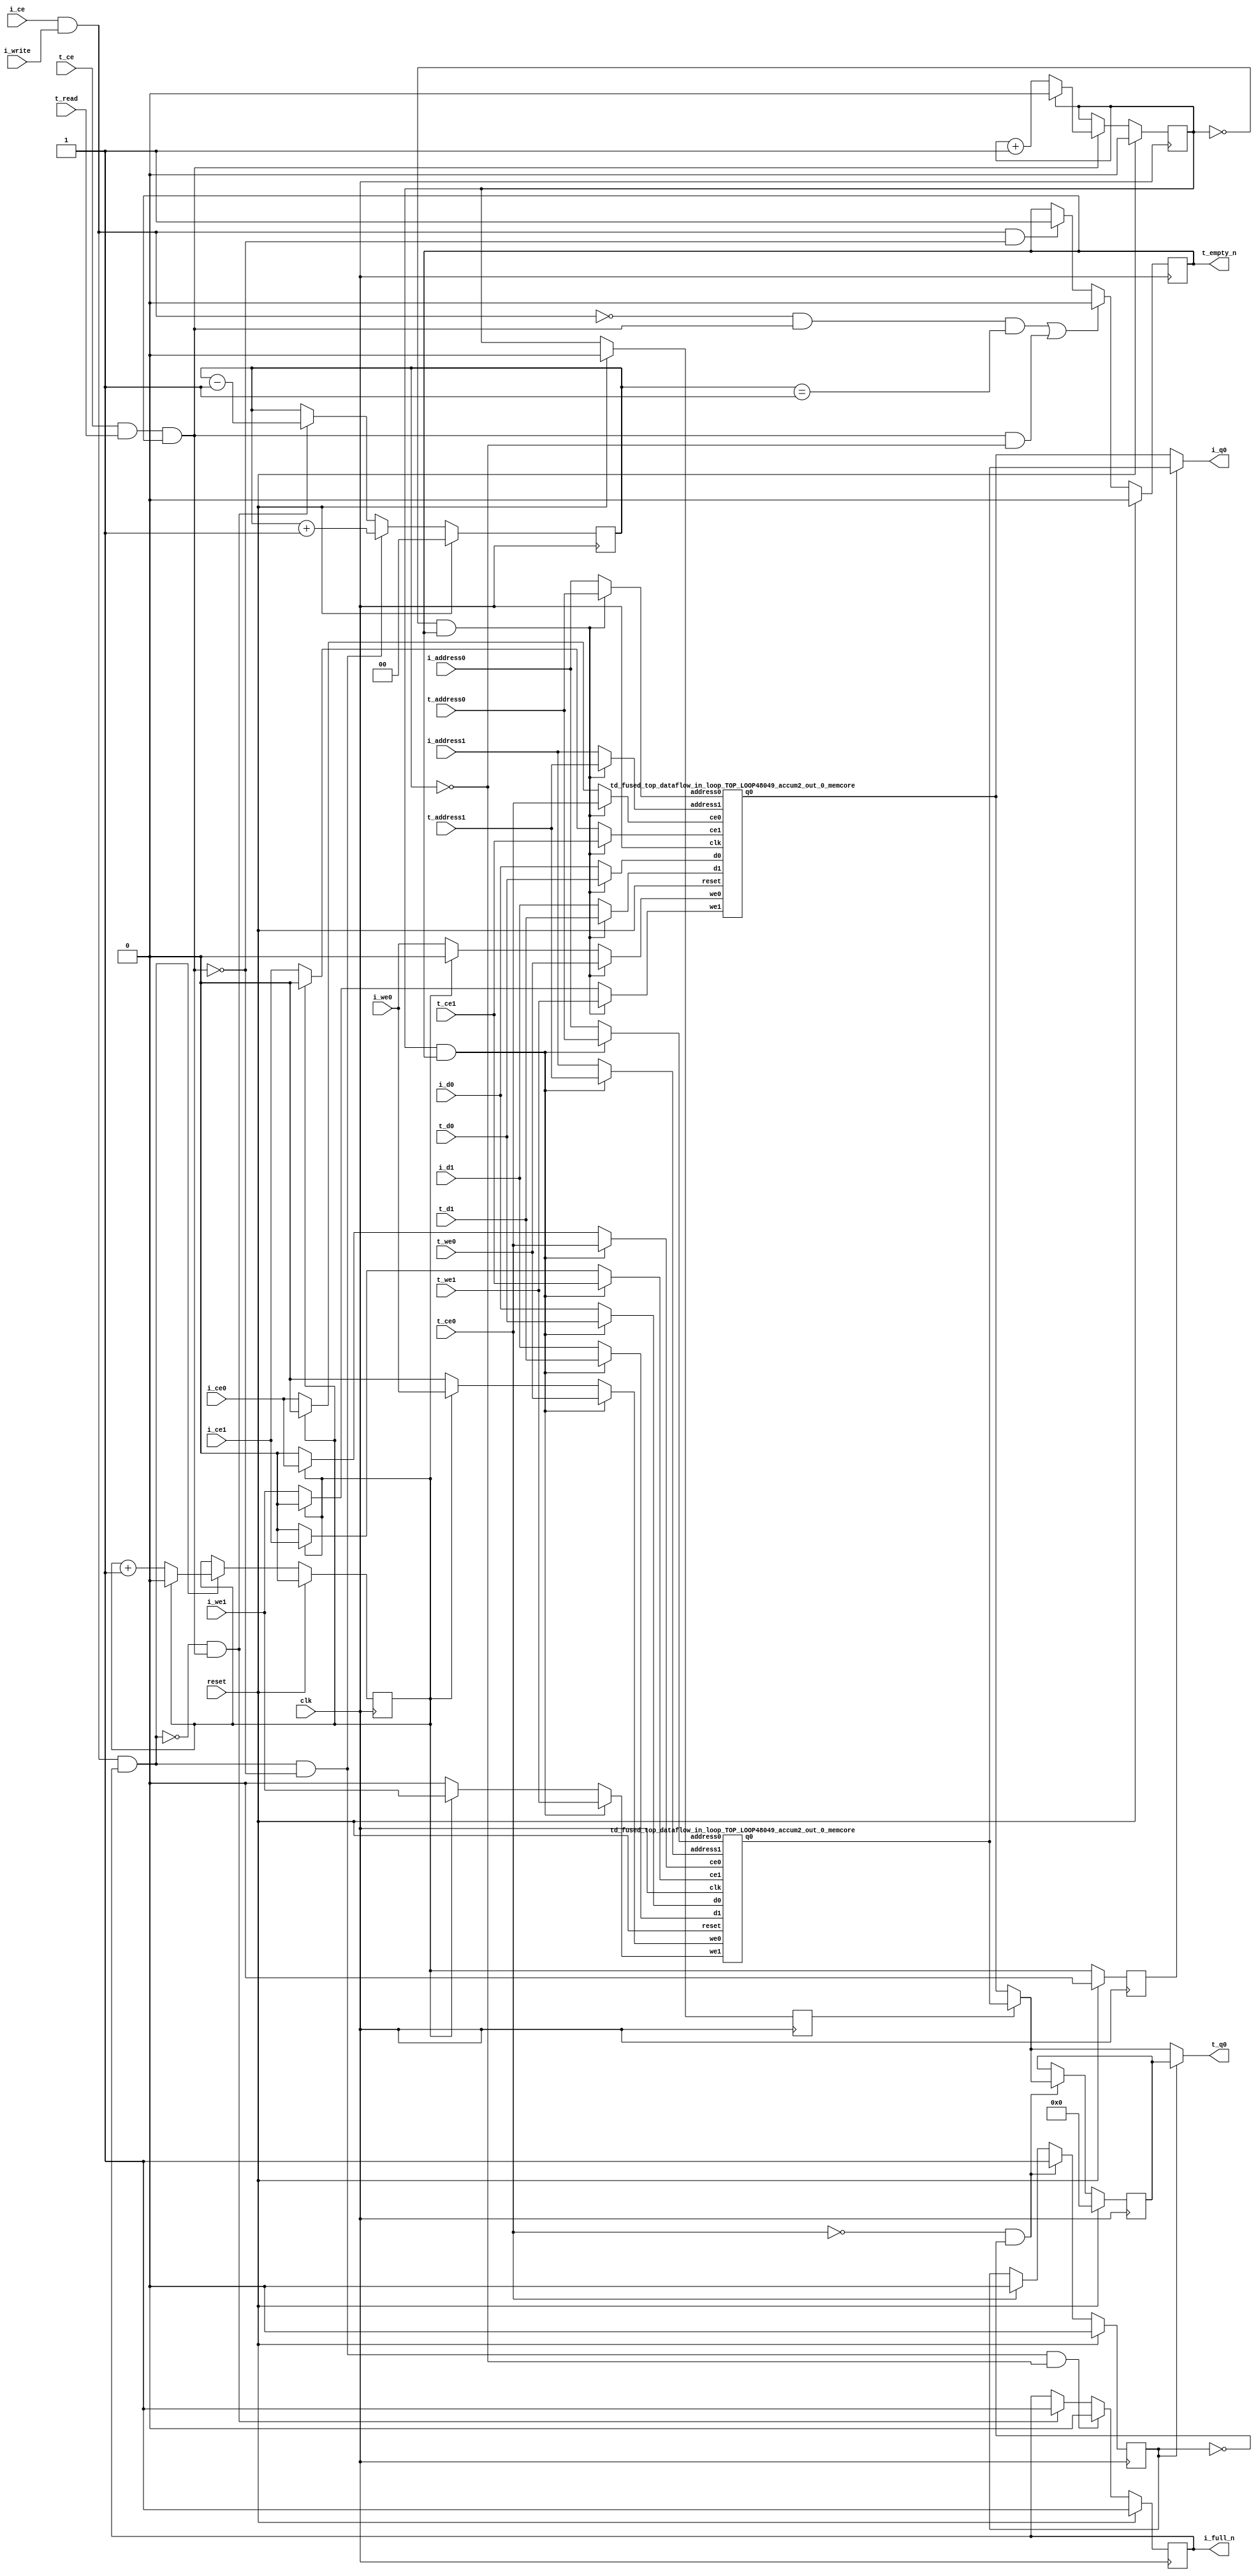
`define EXPONENT 5
`define MANTISSA 10
`define ACTUAL_MANTISSA 11
`define EXPONENT_LSB 10
`define EXPONENT_MSB 14
`define MANTISSA_LSB 0
`define MANTISSA_MSB 9
`define MANTISSA_MUL_SPLIT_LSB 3
`define MANTISSA_MUL_SPLIT_MSB 9
`define SIGN 1
`define SIGN_LOC 15
`define DWIDTH (`SIGN+`EXPONENT+`MANTISSA)
`define IEEE_COMPLIANCE 1

module td_fused_top_dataflow_in_loop_TOP_LOOP48049_accum2_out_0
#(parameter
    DataWidth    = 16,
    AddressRange = 32,
    AddressWidth = 3,
    BufferCount  = 2,
    MemLatency   = 1,
    IndexWidth   = 1
) (
    // system signals
    input  wire                    clk,
    input  wire                    reset,
    // initiator
    input  wire                    i_ce,
    input  wire                    i_write,
    output wire                    i_full_n,
    input  wire                    i_ce0,
    input  wire                    i_we0,
    input  wire [AddressWidth-1:0] i_address0,
    input  wire [DataWidth-1:0]    i_d0,
    output wire [DataWidth-1:0]    i_q0,
    input  wire                    i_ce1,
    input  wire                    i_we1,
    input  wire [AddressWidth-1:0] i_address1,
    input  wire [DataWidth-1:0]    i_d1,
    // target
    input  wire                    t_ce,
    input  wire                    t_read,
    output wire                    t_empty_n,
    input  wire                    t_ce0,
    input  wire                    t_we0,
    input  wire [AddressWidth-1:0] t_address0,
    input  wire [DataWidth-1:0]    t_d0,
    output wire [DataWidth-1:0]    t_q0,
    input  wire                    t_ce1,
    input  wire                    t_we1,
    input  wire [AddressWidth-1:0] t_address1,
    input  wire [DataWidth-1:0]    t_d1
);
//------------------------Local signal-------------------
// control/status
reg  [IndexWidth-1:0]   iptr    = 1'b0; // initiator index
reg  [IndexWidth-1:0]   tptr    = 1'b0; // target index
reg  [IndexWidth-1:0]   prev_iptr    = 1'b0; // previous initiator index
reg  [IndexWidth-1:0]   prev_tptr    = 1'b0; // previous target index
reg  [DataWidth-1:0]    reg_q0      = 1'b0; // buffer used if reader is stalled
reg                     reg_valid0    = 1'b0; // buffer has valid data
reg  [DataWidth-1:0]    reg_q1      = 1'b0; // buffer used if reader is stalled
reg                     reg_valid1    = 1'b0; // buffer has valid data
reg  [IndexWidth:0]     count   = 1'b0; // count of written buffers
reg                     full_n  = 1'b1; // whether all buffers are written
reg                     empty_n = 1'b0; // whether none of the buffers is written
wire                    push_buf;       // finish writing a buffer
wire                    write_buf;      // write a buffer
wire                    pop_buf;        // finish reading a buffer
// buffer signals
wire [BufferCount-1:0] buf_ce0;
wire [BufferCount-1:0] buf_we0;
wire [AddressWidth-1:0] buf_a0_0, buf_a0_1;
wire [DataWidth-1:0] buf_d0_0, buf_d0_1;
wire [DataWidth-1:0] buf_q0_0, buf_q0_1;
wire [BufferCount-1:0] buf_ce1;
wire [BufferCount-1:0] buf_we1;
wire [AddressWidth-1:0] buf_a1_0, buf_a1_1;
wire [DataWidth-1:0] buf_d1_0, buf_d1_1;
//------------------------Instantiation------------------
//genvar i;
        td_fused_top_dataflow_in_loop_TOP_LOOP48049_accum2_out_0_memcore td_fused_top_dataflow_in_loop_TOP_LOOP48049_accum2_out_0_memcore_U_0 (
            .reset    ( reset ),
            .clk      ( clk ),
            .address0 ( buf_a0_0 ),
            .ce0      ( buf_ce0[ 0 ] ),
            .we0      ( buf_we0[ 0 ] ),
            .d0       ( buf_d0_0 ),
            .q0       ( buf_q0_0 ),
            .address1 ( buf_a1_0 ),
            .ce1      ( buf_ce1[ 0 ] ),
            .we1      ( buf_we1[ 0 ] ),
            .d1       ( buf_d1_0 )
        );
        td_fused_top_dataflow_in_loop_TOP_LOOP48049_accum2_out_0_memcore td_fused_top_dataflow_in_loop_TOP_LOOP48049_accum2_out_0_memcore_U_1 (
            .reset    ( reset ),
            .clk      ( clk ),
            .address0 ( buf_a0_1 ),
            .ce0      ( buf_ce0[ 1 ] ),
            .we0      ( buf_we0[ 1 ] ),
            .d0       ( buf_d0_1 ),
            .q0       ( buf_q0_1 ),
            .address1 ( buf_a1_1 ),
            .ce1      ( buf_ce1[ 1 ] ),
            .we1      ( buf_we1[ 1 ] ),
            .d1       ( buf_d1_1 )
        );

//++++++++++++++++++++++++buffer signals+++++++++++++++++
        assign buf_ce0[ 0 ] = (tptr ==  0  && empty_n) ? t_ce0
                             : (iptr ==  0 ) ? i_ce0 : 1'b0;
        assign buf_a0_0  = (tptr ==  0  && empty_n) ?  t_address0 : i_address0;
        assign buf_we0[ 0 ] = (tptr ==  0  && empty_n)  ? t_we0
                             : (iptr ==  0 ) ? i_we0 : 1'b0;
        assign buf_d0_0  = (tptr ==  0  && empty_n) ? t_d0       : i_d0;
        assign buf_ce1[ 0 ] = (tptr ==  0  && empty_n) ? t_ce1
                             : (iptr ==  0 ) ? i_ce1 : 1'b0;
        assign buf_a1_0  = (tptr ==  0  && empty_n) ?  t_address1 : i_address1;
        assign buf_we1[ 0 ] = (tptr ==  0  && empty_n)  ? t_we1
                             : (iptr ==  0 ) ? i_we1 : 1'b0;
        assign buf_d1_0  = (tptr ==  0  && empty_n) ? t_d1       : i_d1;
        assign buf_ce0[ 1 ] = (tptr ==  1  && empty_n) ? t_ce0
                             : (iptr ==  1 ) ? i_ce0 : 1'b0;
        assign buf_a0_1  = (tptr ==  1  && empty_n) ?  t_address0 : i_address0;
        assign buf_we0[ 1 ] = (tptr ==  1  && empty_n)  ? t_we0
                             : (iptr ==  1 ) ? i_we0 : 1'b0;
        assign buf_d0_1  = (tptr ==  1  && empty_n) ? t_d0       : i_d0;
        assign buf_ce1[ 1 ] = (tptr ==  1  && empty_n) ? t_ce1
                             : (iptr ==  1 ) ? i_ce1 : 1'b0;
        assign buf_a1_1  = (tptr ==  1  && empty_n) ?  t_address1 : i_address1;
        assign buf_we1[ 1 ] = (tptr ==  1  && empty_n)  ? t_we1
                             : (iptr ==  1 ) ? i_we1 : 1'b0;
        assign buf_d1_1  = (tptr ==  1  && empty_n) ? t_d1       : i_d1;
//+++++++++++++++++++++++++++++++++++++++++++++++++++++++

//------------------------Body---------------------------
assign i_q0      = (prev_iptr == 1'b1 ? buf_q0_1 : buf_q0_0);
assign t_q0      = reg_valid0 ? reg_q0 : (prev_tptr == 1'b1 ? buf_q0_1 : buf_q0_0);

//++++++++++++++++++++++++output+++++++++++++++++++++++++
assign i_full_n  = full_n;
assign t_empty_n = empty_n;
//+++++++++++++++++++++++++++++++++++++++++++++++++++++++

//++++++++++++++++++++++++control/status+++++++++++++++++
assign push_buf = i_ce & i_write & full_n;
assign write_buf = i_ce & i_write;
assign pop_buf  = t_ce & t_read & empty_n;

// iptr
always @(posedge clk) begin
    if (reset == 1'b1)
        iptr <= 1'b0;
    else if (push_buf) begin
        if (iptr == BufferCount - 1'b1)
            iptr <= 1'b0;
        else
            iptr <= iptr + 1'b1;
    end
end

// tptr
always @(posedge clk) begin
    if (reset == 1'b1)
        tptr <= 1'b0;
    else if (pop_buf) begin
        if (tptr == BufferCount - 1'b1)
            tptr <= 1'b0;
        else
            tptr <= tptr + 1'b1;
    end
end

// prev_iptr
always @(posedge clk) begin
    if (reset == 1'b1)
        prev_iptr <= 1'b0;
    else begin
        prev_iptr <= iptr;
    end
end

// prev_tptr
always @(posedge clk) begin
    if (reset == 1'b1)
        prev_tptr <= 1'b0;
    else begin
        prev_tptr <= tptr;
    end
end

// reg_q0 and reg_valid0
always @(posedge clk) begin
    if (reset == 1'b1) begin
        reg_q0     <= 1'b0;
        reg_valid0 <= 1'b0;
    end else if (!t_ce0 && !reg_valid0) begin
        reg_q0     <= (prev_tptr == 1'b1 ? buf_q0_1 : buf_q0_0);
        reg_valid0 <= 1'b1;
    end else if (t_ce0) begin
        reg_valid0 <= 1'b0;
    end
end

// count
always @(posedge clk) begin
    if (reset == 1'b1)
        count <= 1'b0;
    else if (push_buf && !pop_buf)
        count <= count + 1'b1;
    else if (!push_buf && pop_buf)
        count <= count - 1'b1;
end

// full_n
always @(posedge clk) begin
    if (reset == 1'b1)
        full_n <= 1'b1;
    else if (push_buf && !pop_buf && count == BufferCount - 2'd2)
        full_n <= 1'b0;
    else if (!push_buf && pop_buf)
        full_n <= 1'b1;
end

// empty_n
always @(posedge clk) begin
    if (reset == 1'b1)
        empty_n <= 1'b0;
    else if ((!write_buf && pop_buf && count == 1'b1)
             || (pop_buf && count == 1'b0))
        empty_n <= 1'b0;
    else if (write_buf && !pop_buf)
        empty_n <= 1'b1;
end
//+++++++++++++++++++++++++++++++++++++++++++++++++++++++

endmodule
module td_fused_top_dataflow_in_loop_TOP_LOOP48049_accum2_out_0_memcore(
    reset,
    clk,
    address0,
    ce0,
    we0,
    d0,
    q0,
    address1,
    ce1,
    we1,
    d1);

parameter DataWidth = 32'd16;
parameter AddressRange = 32'd8;
parameter AddressWidth = 32'd3;
input reset;
input clk;
input[AddressWidth - 1:0] address0;
input ce0;
input we0;
input[DataWidth - 1:0] d0;
output[DataWidth - 1:0] q0;
input[AddressWidth - 1:0] address1;
input ce1;
input we1;
input[DataWidth - 1:0] d1;



td_fused_top_dataflow_in_loop_TOP_LOOP48049_accum2_out_0_memcore_ram td_fused_top_dataflow_in_loop_TOP_LOOP48049_accum2_out_0_memcore_ram_U(
    .clk( clk ),
    .addr0( address0 ),
    .ce0( ce0 ),
    .we0( we0 ),
    .d0( d0 ),
    .q0( q0 ),
    .addr1( address1 ),
    .ce1( ce1 ),
    .we1( we1 ),
    .d1( d1 )
);

endmodule
module td_fused_top_dataflow_in_loop_TOP_LOOP48049_accum2_out_0_memcore_ram (addr0, ce0, d0, we0, q0, addr1, ce1, d1, we1,  clk);

parameter DWIDTH = 16;
parameter AWIDTH = 3;
parameter MEM_SIZE = 8;

input[AWIDTH-1:0] addr0;
input ce0;
input[DWIDTH-1:0] d0;
input we0;
output reg[DWIDTH-1:0] q0;
input[AWIDTH-1:0] addr1;
input ce1;
input[DWIDTH-1:0] d1;
input we1;
input clk;

reg [DWIDTH-1:0] ram[MEM_SIZE-1:0];




always @(posedge clk)  
begin 
    if (ce0) begin
        if (we0) 
            ram[addr0] <= d0; 
        q0 <= ram[addr0];
    end
end


always @(posedge clk)  
begin 
    if (ce1) begin
        if (we1) 
            ram[addr1] <= d1; 
    end
end


endmodule